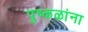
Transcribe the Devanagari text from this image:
पुष्कळांना